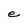
Character: e